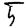
Digit: 5